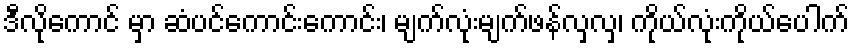
ဒီလိုကောင် မှာ ဆံပင်ကောင်းကောင်း၊ မျက်လုံးမျက်ဖန်လှလှ၊ ကိုယ်လုံးကိုယ်ပေါက်